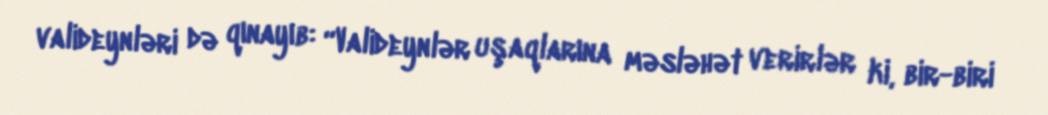
valideynləri də qınayıb: “Valideynlər uşaqlarına məsləhət verirlər ki, bir-biri